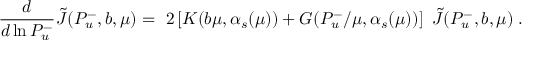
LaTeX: \ \frac { d } { d \ln P _ { u } ^ { - } } { \tilde { J } } ( P _ { u } ^ { - } , b , \mu ) = \ 2 \left[ { \cal K } ( b \mu , \alpha _ { s } ( \mu ) ) + { \cal G } ( P _ { u } ^ { - } / \mu , \alpha _ { s } ( \mu ) ) \right] \ { \tilde { J } } ( P _ { u } ^ { - } , b , \mu ) \; .